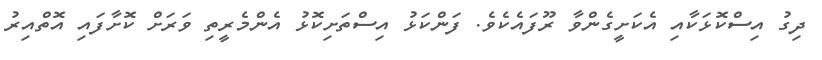
ދިގު އިސްކޮޅަކާއި އެކަށީގެންވާ ރޫފައެކެވެ. ފަންކަޅު އިސްތަށިކޮޅު އެންމެރީތި ވަރަށް ކޮށާފައި އޮތްއިރު